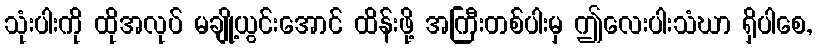
သုံးပါးကို ထိုအလုပ် မချို့ယွင်းအောင် ထိန်းဖို့ အကြီးတစ်ပါးမှ ဤလေးပါးသံဃာ ရှိပါစေ,